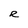
Character: R